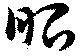
昭